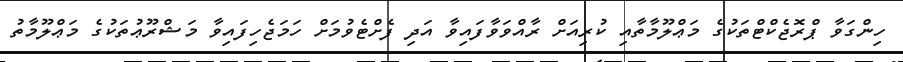
ހިންގަވާ ޕްރޮޖެކްޓްތަކުގެ މަޢްލޫމާތާއި ކުރިއަށް ރާއްވަވާފައިވާ އަދި ފެށްޓެވުމަށް ހަމަޖެހިފައިވާ މަޝްރޫޢުތަކުގެ މަޢްލޫމާތު